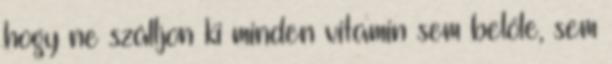
hogy ne szálljon ki minden vitamin sem belőle, sem